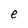
Character: e